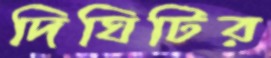
দিঘিটির